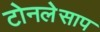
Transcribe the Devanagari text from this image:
टोनलेसाप